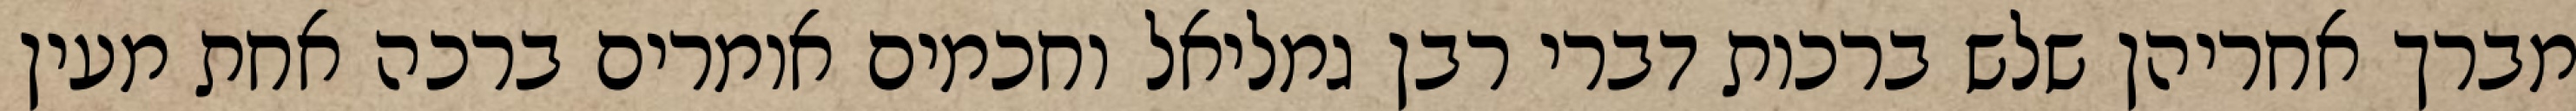
מברך אחריהן שלש ברכות דברי רבן גמליאל וחכמים אומרים ברכה אחת מעין